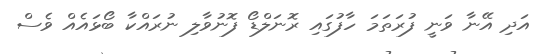
އަދި އޭނާ ވަނީ ފުރަތަމަ ހާފުގައި ރޮނަލްޑޯ ފޮނުވާލި ނުރައްކާ ބޯޅައެއް ވެސް